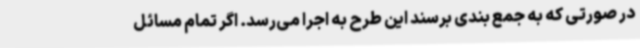
در صورتی که به جمع بندی برسند این طرح به اجرا می‌رسد. اگر تمام مسائل